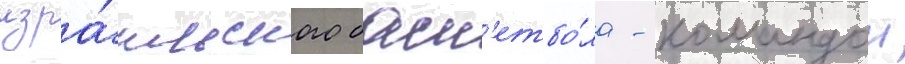
изра́ильского баск'етбо́ла - командои